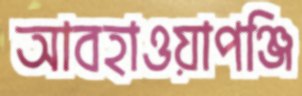
আবহাওয়াপঞ্জি